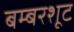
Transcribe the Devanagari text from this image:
बम्बरशूट